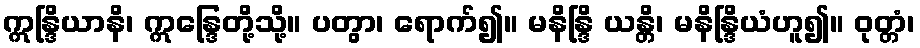
ဣန္ဒြိယာနိ၊ ဣန္ဒြေတို့သို့။ ပတွာ၊ ရောက်၍။ မနိန္ဒြိ ယန္တိ၊ မနိန္ဒြိယံဟူ၍။ ဝုတ္တံ၊